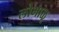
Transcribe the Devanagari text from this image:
लोभाळू